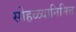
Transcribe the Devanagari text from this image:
सोहळ्यानिमित्त